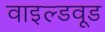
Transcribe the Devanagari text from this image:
वाइल्डवूड